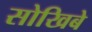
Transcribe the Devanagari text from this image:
सोखिबे